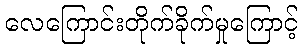
လေကြောင်းတိုက်ခိုက်မှုကြောင့်